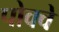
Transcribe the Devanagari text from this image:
पोक्वे